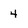
Character: 4